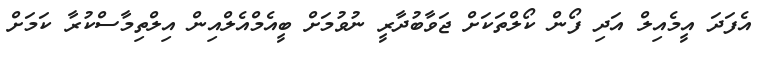
އެފަދަ އީމެއިލް އަދި ފޯން ކޯލްތަކަށް ޖަވާބުދާރީ ނުވުމަށް ބީއެމްއެލްއިން އިލްތިމާސްކުރާ ކަމަށް